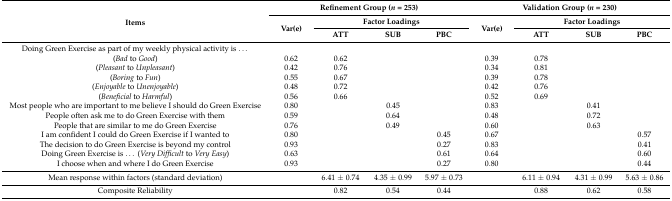
| <ROWSPAN=3> Items | <COLSPAN=4> Refinement Group (n = 253) | <COLSPAN=4> Validation Group (n = 230) |
 | <ROWSPAN=2> Var(e) | <COLSPAN=3> Factor Loadings | <ROWSPAN=2> Var(e) | <COLSPAN=3> Factor Loadings |
 | ATT | SUB | PBC | ATT | SUB | PBC |
 | --- | --- | --- | --- | --- | --- | --- | --- | --- |
 | Doing Green Exercise as part of my weekly physical activity is... |  |  |  |  |  |  |  |  |
 | (Bad to Good) | 0.62 | 0.62 |  |  | 0.39 | 0.78 |  |  |
 | (Pleasant to Unpleasant) | 0.42 | 0.76 |  |  | 0.34 | 0.81 |  |  |
 | (Boring to Fun) | 0.55 | 0.67 |  |  | 0.39 | 0.78 |  |  |
 | (Enjoyable to Unenjoyable) | 0.48 | 0.72 |  |  | 0.42 | 0.76 |  |  |
 | (Beneficial to Harmful) | 0.56 | 0.66 |  |  | 0.52 | 0.69 |  |  |
 | Most people who are important to me believe I should do Green Exercise | 0.80 |  | 0.45 |  | 0.83 |  | 0.41 |  |
 | People often ask me to do Green Exercise with them | 0.59 |  | 0.64 |  | 0.48 |  | 0.72 |  |
 | People that are similar to me do Green Exercise | 0.76 |  | 0.49 |  | 0.60 |  | 0.63 |  |
 | I am confident I could do Green Exercise if I wanted to | 0.80 |  |  | 0.45 | 0.67 |  |  | 0.57 |
 | The decision to do Green Exercise is beyond my control | 0.93 |  |  | 0.27 | 0.83 |  |  | 0.41 |
 | Doing Green Exercise is... (Very Difficult to Very Easy) | 0.63 |  |  | 0.61 | 0.64 |  |  | 0.60 |
 | I choose when and where I do Green Exercise | 0.93 |  |  | 0.27 | 0.80 |  |  | 0.44 |
 | Mean response within factors (standard deviation) |  | 6.41 ± 0.74 | 4.35 ± 0.99 | 5.97 ± 0.73 |  | 6.11 ± 0.94 | 4.31 ± 0.99 | 5.63 ± 0.86 |
 | Composite Reliability |  | 0.82 | 0.54 | 0.44 |  | 0.88 | 0.62 | 0.58 |